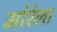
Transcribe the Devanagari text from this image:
मोरेला